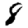
Digit: 8